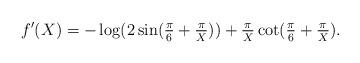
LaTeX: \begin{align*} f'(X) = - \log(2 \sin(\tfrac{\pi}{6} + \tfrac{\pi}{X})) + \tfrac{\pi}{X} \cot(\tfrac{\pi}{6} + \tfrac{\pi}{X}).\end{align*}